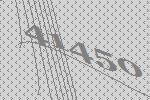
41450